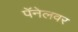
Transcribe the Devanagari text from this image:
पॅनेलवर